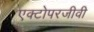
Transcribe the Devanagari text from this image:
एक्टोपरजीवी